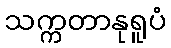
သက္ကတာနုရူပံ